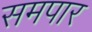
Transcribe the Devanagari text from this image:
समपार